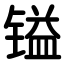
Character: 镒